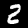
Label: 2